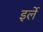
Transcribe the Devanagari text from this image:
इर्ले